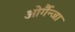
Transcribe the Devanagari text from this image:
ओर्गैन्जा